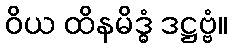
ဝိယ ထိနမိဒ္ဓံ ဒဋ္ဌဗ္ဗံ။